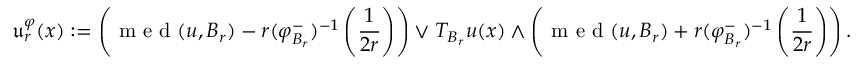
\mathfrak { u } _ { r } ^ { \varphi } ( x ) : = \left( \textnormal { m e d } ( u , B _ { r } ) - r ( \varphi _ { B _ { r } } ^ { - } ) ^ { - 1 } \left( \frac { 1 } { 2 r } \right) \right) \vee T _ { B _ { r } } u ( x ) \wedge \left( \textnormal { m e d } ( u , B _ { r } ) + r ( \varphi _ { B _ { r } } ^ { - } ) ^ { - 1 } \left( \frac { 1 } { 2 r } \right) \right) .